Riigikantselei, lk 14
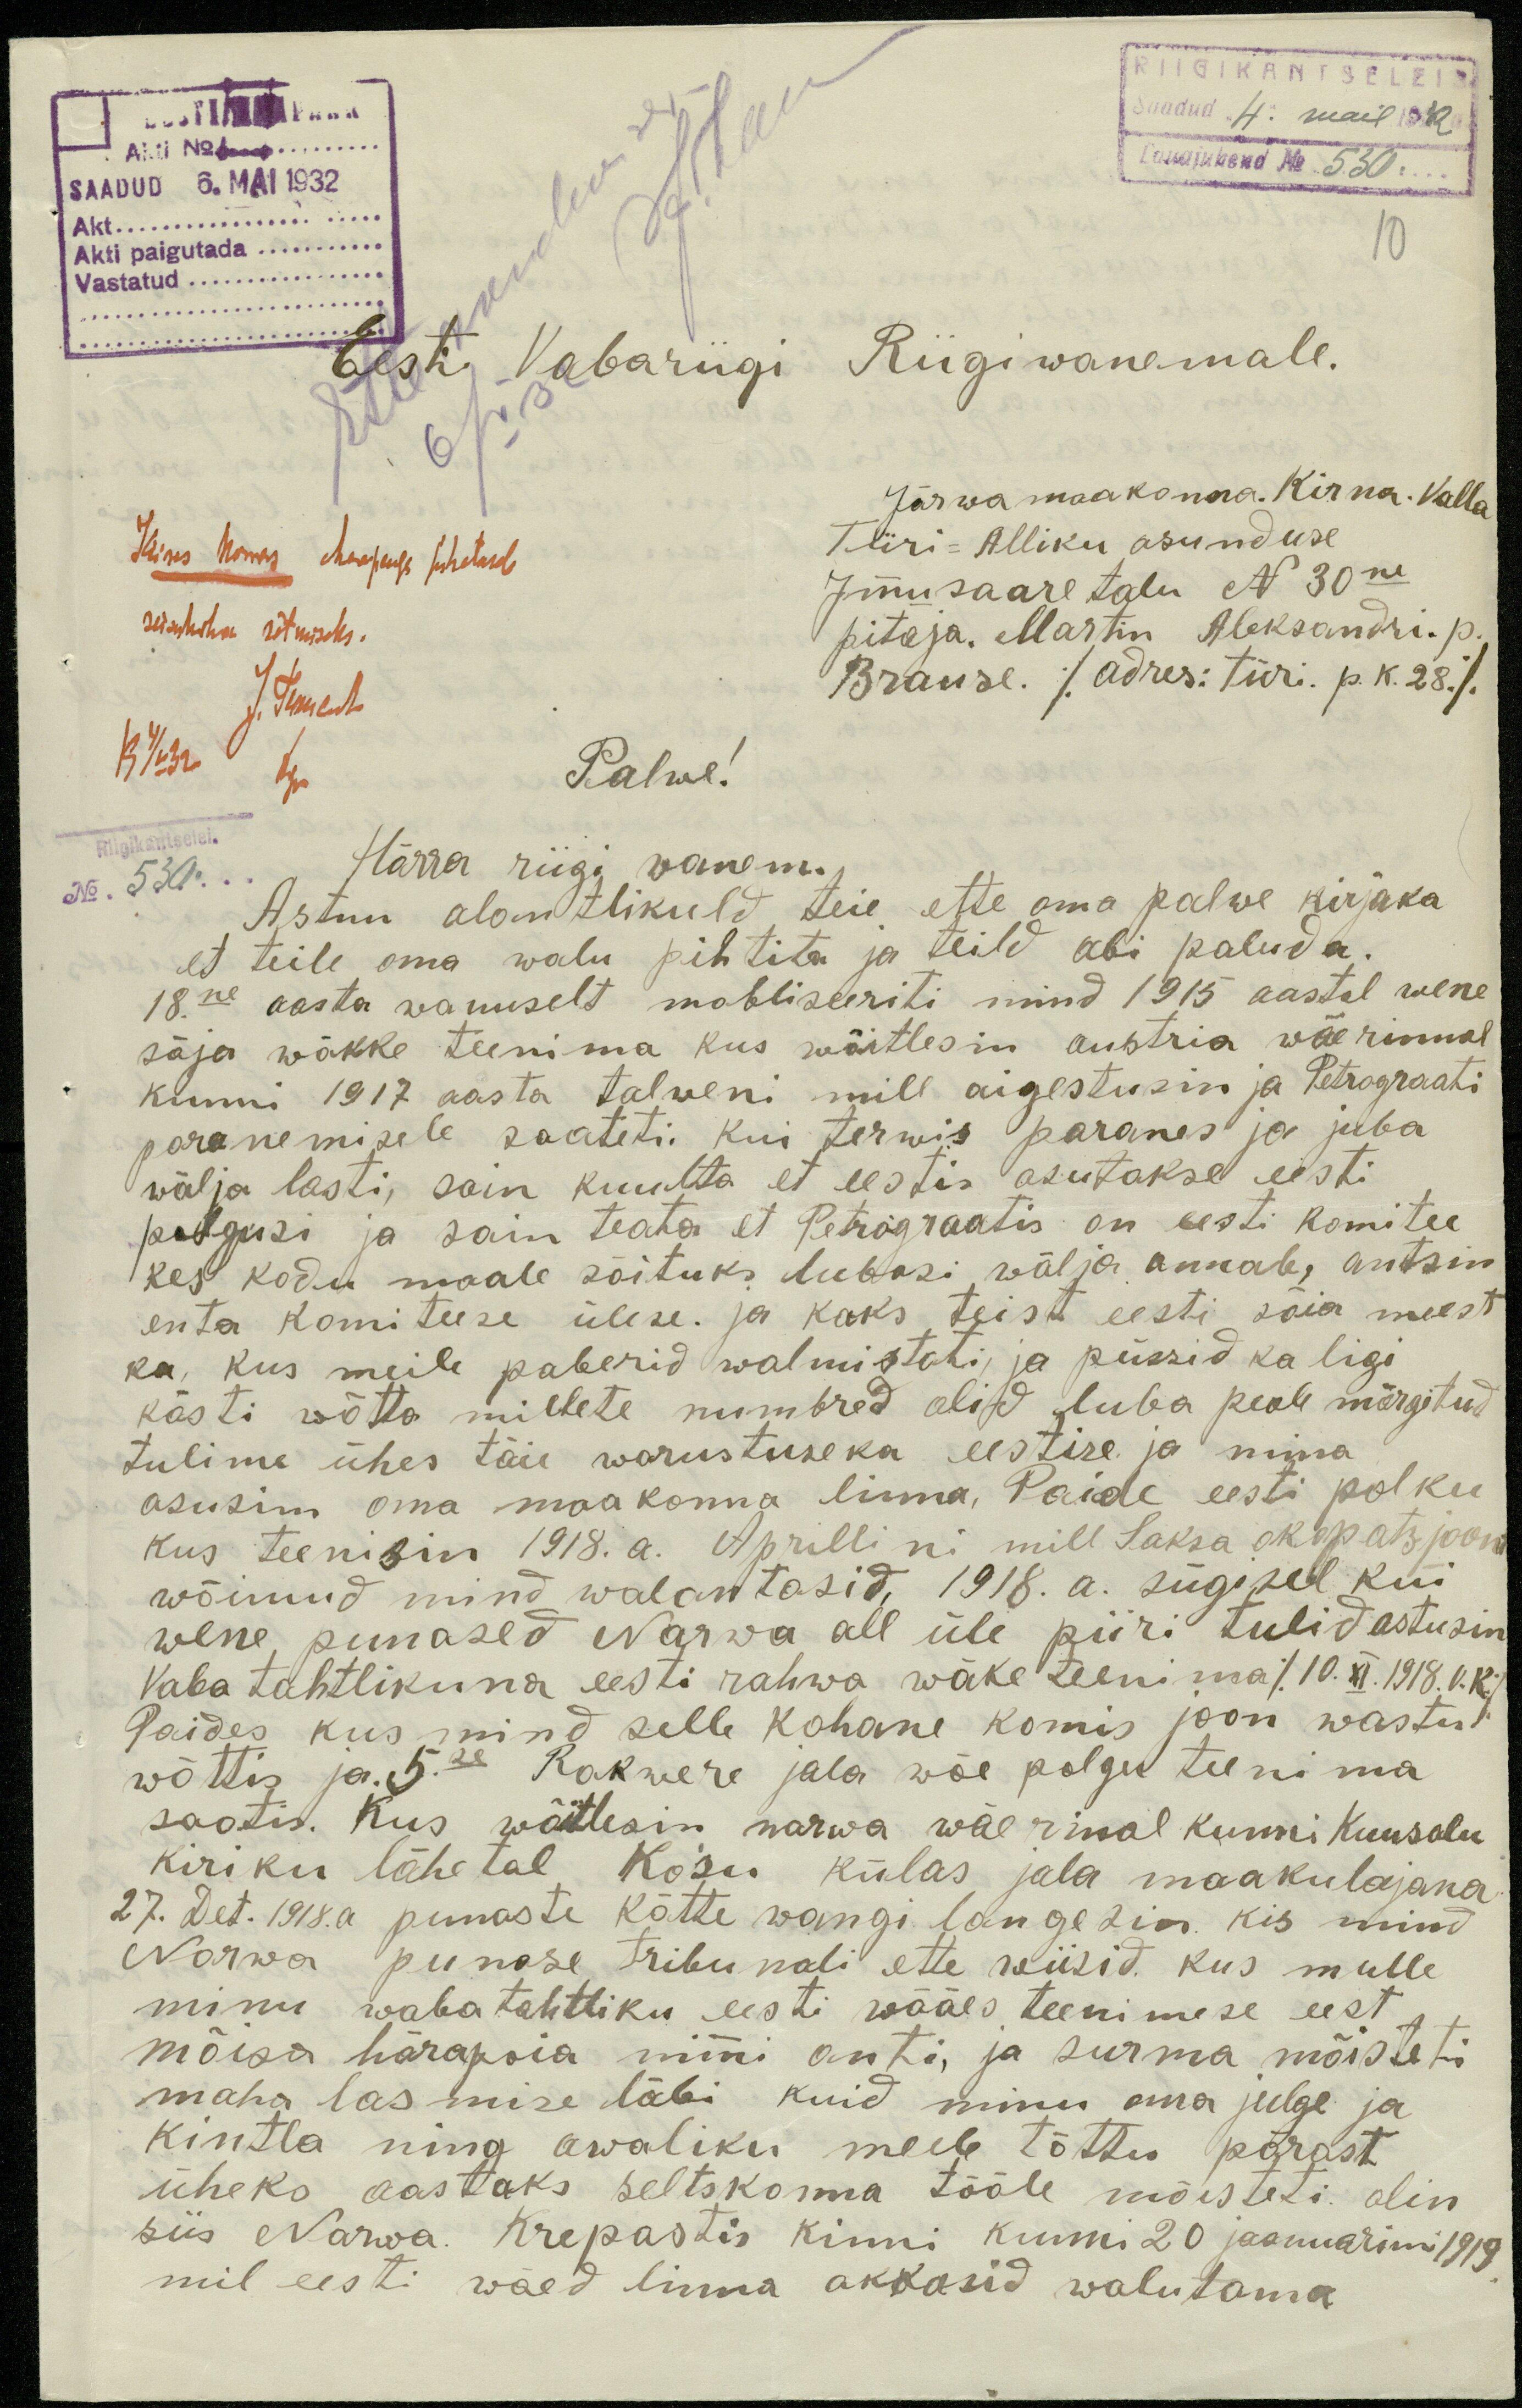
RIIGIKANTSELEIS
SAADUD 4. mail 1932
saadud 6.MAI 1932
Lauajuhend No. 530
Akt...
Akti paigutada
10
Vastatud
10
Eesti Vabariigi Riigiwanemale.
Järwa maakonna. Kirna. Valla
Türi-Alliku asunduse
Immusaare talu N 30ne
pitaja. Martin Aleksandri p.
Brause /adres: türi. p. k. 28./
Palwe!
No. 530.
Härra riigi wanem.
Astun alantlikult teie ette oma palwe kirjaka
et teile oma walu pihtita ja teild abi paluda.
18ne aasta wannselt mobiliseeriti mind 1915 aastal wene
sõja wäkke teenima kus wöitlesin austria wäerinnal
kunni 1917 aasta talweni mill aigestusin ja Petrograati
paranemisele saateti. Kui terwis paranes ja juba
wälja lasti, sain kuulta et eestis asutakse eesti
polgusi ja sain teata et Petrograatis on eesti komitee
kes kodu maale sõituks lubasi wälja annab, antsin
enta komiteese ülese. ja kaks teist eesti sõia meest
ka, kus meile paberid walmistati, ja püssid ka ligi
kästi wõtta millete numbred olid luba peale märgitud
tulime ühes täie warustuseka eestise ja mina
asusin oma maakonna linna, Paide eesti polku
kus teenisin 1918. a. Aprillini mill Saksa okupatsjooni
wõimud mind walantasid, 1918. a. sügisel kui
wene punased Narwa all üle piiri tulid astusin
Vaba tahtlikuna eesti rahwa wäke teenima /10. XI. 1918. v. k.
Paides kus mind selle kohane komis joon wastu
wõttis ja 5.se Rakwere jala wõe polgu teenima
saatis. Kus wõitlesin narwa wäerinal kunni Kuusalu
kiriku lähetal Koiu külas jala maakulajana
27. Det. 1918. a punaste kätte wangi langesin kis mind
Narwa punase tribunali ette wiisid, kus mulle
minu wabatahtliku eesti wääes teenimese eest
mõisa härapoia nimi anti, ja surma mõiseti
maha lasmise läbi kuid minu oma julge ja
kintla ning awaliku meele tõttu pärast
üheks aastaks seltskonna tööle mõisteti olin
siis Narva. Krepastis kinni kunni 20 jaanuarini 1919
mil eesti wäed linna akkasid walutama